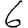
Digit: 6